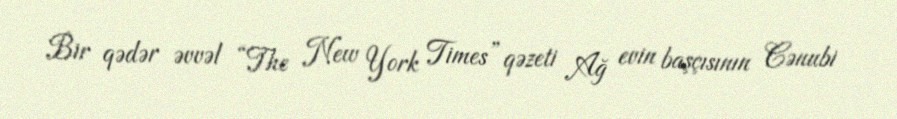
Bir qədər əvvəl “The New York Times” qəzeti Ağ evin başçısının Cənubi